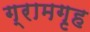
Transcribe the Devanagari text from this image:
ग्रामगृह